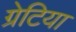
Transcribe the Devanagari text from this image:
ग्रेटिया